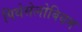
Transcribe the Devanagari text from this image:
पिथेसेलोबियम